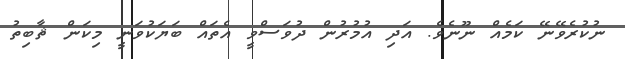
ނުކުރެވޭނޭ ކަމެއް ނޫނެވެ. އަދި އުމުރުން ދުވަސްވީ އެތައް ބަޔަކުވަނީ މިކަން ޘާބިތު